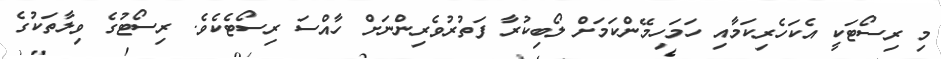
މި ރިސޯޓަކީ އެކަހެރިކަމާއި ހަމަހިމޭންކަމަށް ލޯބިކުރާ ފަތުރުވެރިންނަށް ހާއްސަ ރިސޯޓެކެވެ. ރިސޯޓުގެ ވިލާތަކުގެ